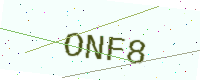
Text: ONF8